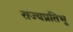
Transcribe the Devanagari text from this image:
राज्यप्रतिभू